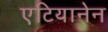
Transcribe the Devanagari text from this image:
एटियानेन